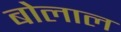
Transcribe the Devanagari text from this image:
बोलाल